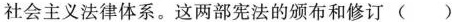
社会主义法律体系。这两部宪法的颁布和修订 ( )